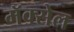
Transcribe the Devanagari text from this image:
मॅक्‍सेल